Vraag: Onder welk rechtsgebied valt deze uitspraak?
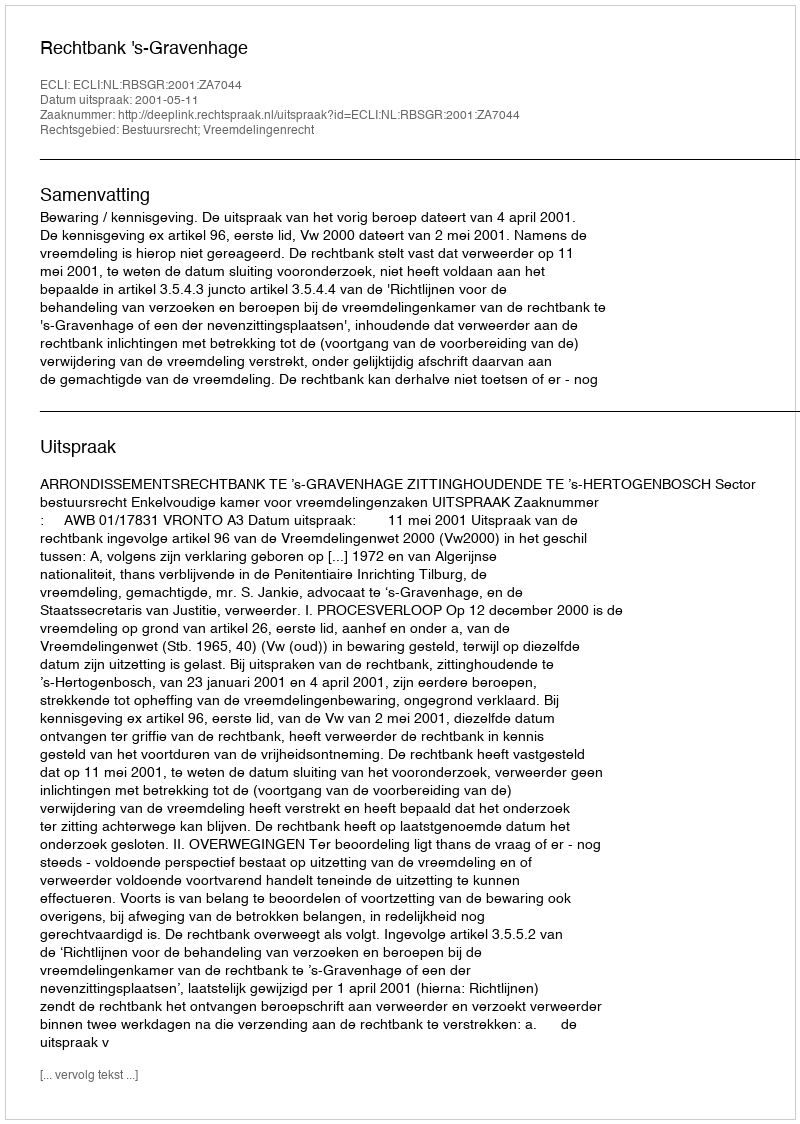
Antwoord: Bestuursrecht; Vreemdelingenrecht